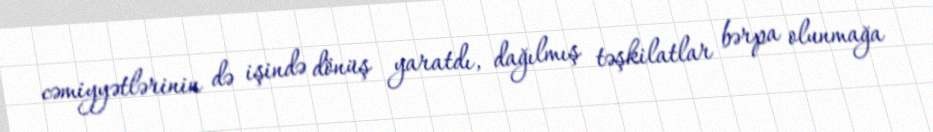
cəmiyyətlərinin də işində dönüş yaratdı, dağılmış təşkilatlar bərpa olunmağa